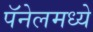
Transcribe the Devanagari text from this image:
पॅनेलमध्ये